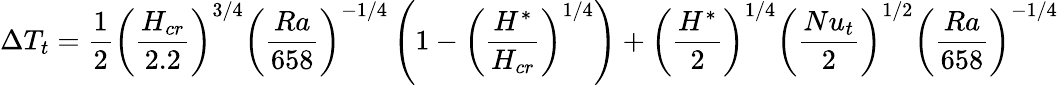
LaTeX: \Delta T_{t}=\frac{1}{2}\left(\frac{H_{cr}}{2.2}\right)^{3/4}\left(\frac{Ra}{658}\right)^{-1/4}\left(1-\left(\frac{H^{*}}{H_{cr}}\right)^{1/4}\right)+\left(\frac{H^{*}}{2}\right)^{1/4}\left(\frac{Nu_{t}}{2}\right)^{1/2}\left(\frac{Ra}{658}\right)^{-1/4}